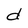
Character: d